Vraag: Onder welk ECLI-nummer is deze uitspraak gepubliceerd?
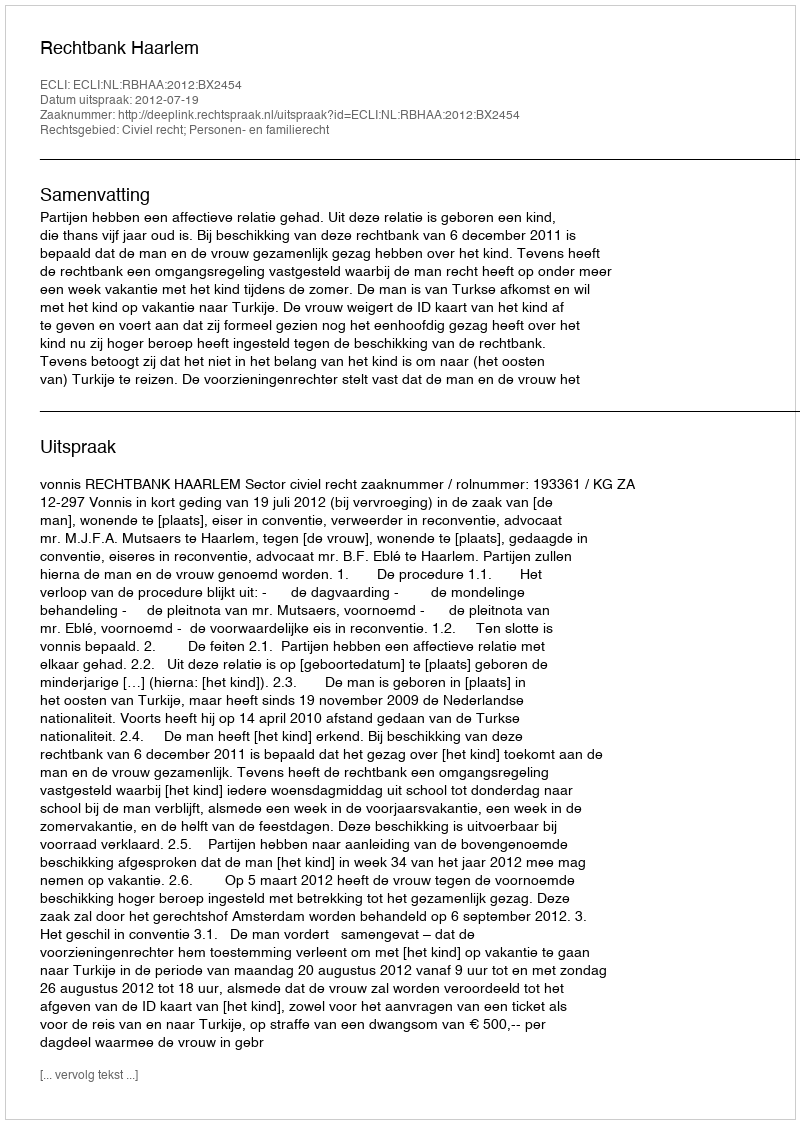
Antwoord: ECLI:NL:RBHAA:2012:BX2454